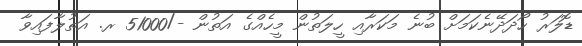
ޑޮލަރު ހޯދަދޭނެކަމަށް ބުނެ މަކަރާއި ހީލަތުން މީހެއްގެ އަތުން -/51000 ރ. އަތުލާފައިވާ